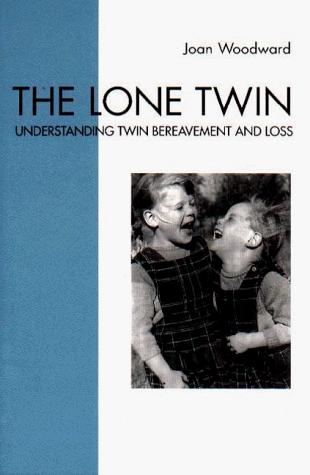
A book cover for The Lone Twin: Understanding Twin Bereavement and Loss; Joan Woodward; Parenting & Relationships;